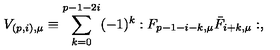
V _ { ( p , i ) , \mu } \equiv \sum _ { k = 0 } ^ { p - 1 - 2 i } ( - 1 ) ^ { k } : F _ { p - 1 - i - k , \mu } \bar { F } _ { { i + k } , \mu } : ,